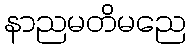
နာညမတိမညေ